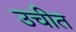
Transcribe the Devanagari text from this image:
उचीत